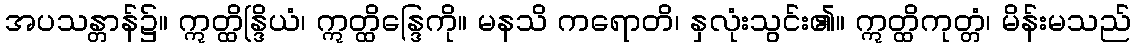
အပသန္တာန်၌။ ဣတ္ထိန္ဒြိယံ၊ ဣတ္ထိန္ဒြေကို။ မနသိ ကရောတိ၊ နှလုံးသွင်း၏။ ဣတ္ထိကုတ္တံ၊ မိန်းမသည်